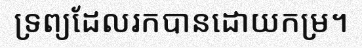
ទ្រព្យដែលរកបានដោយកម្រ។